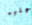
عليه